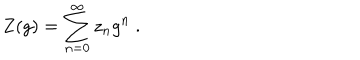
LaTeX: Z ( g ) = \sum _ { n = 0 } ^ { \infty } z _ { n } g ^ { n } \ .